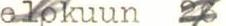
elokuun 26